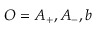
O = A _ { + } , A _ { - } , b